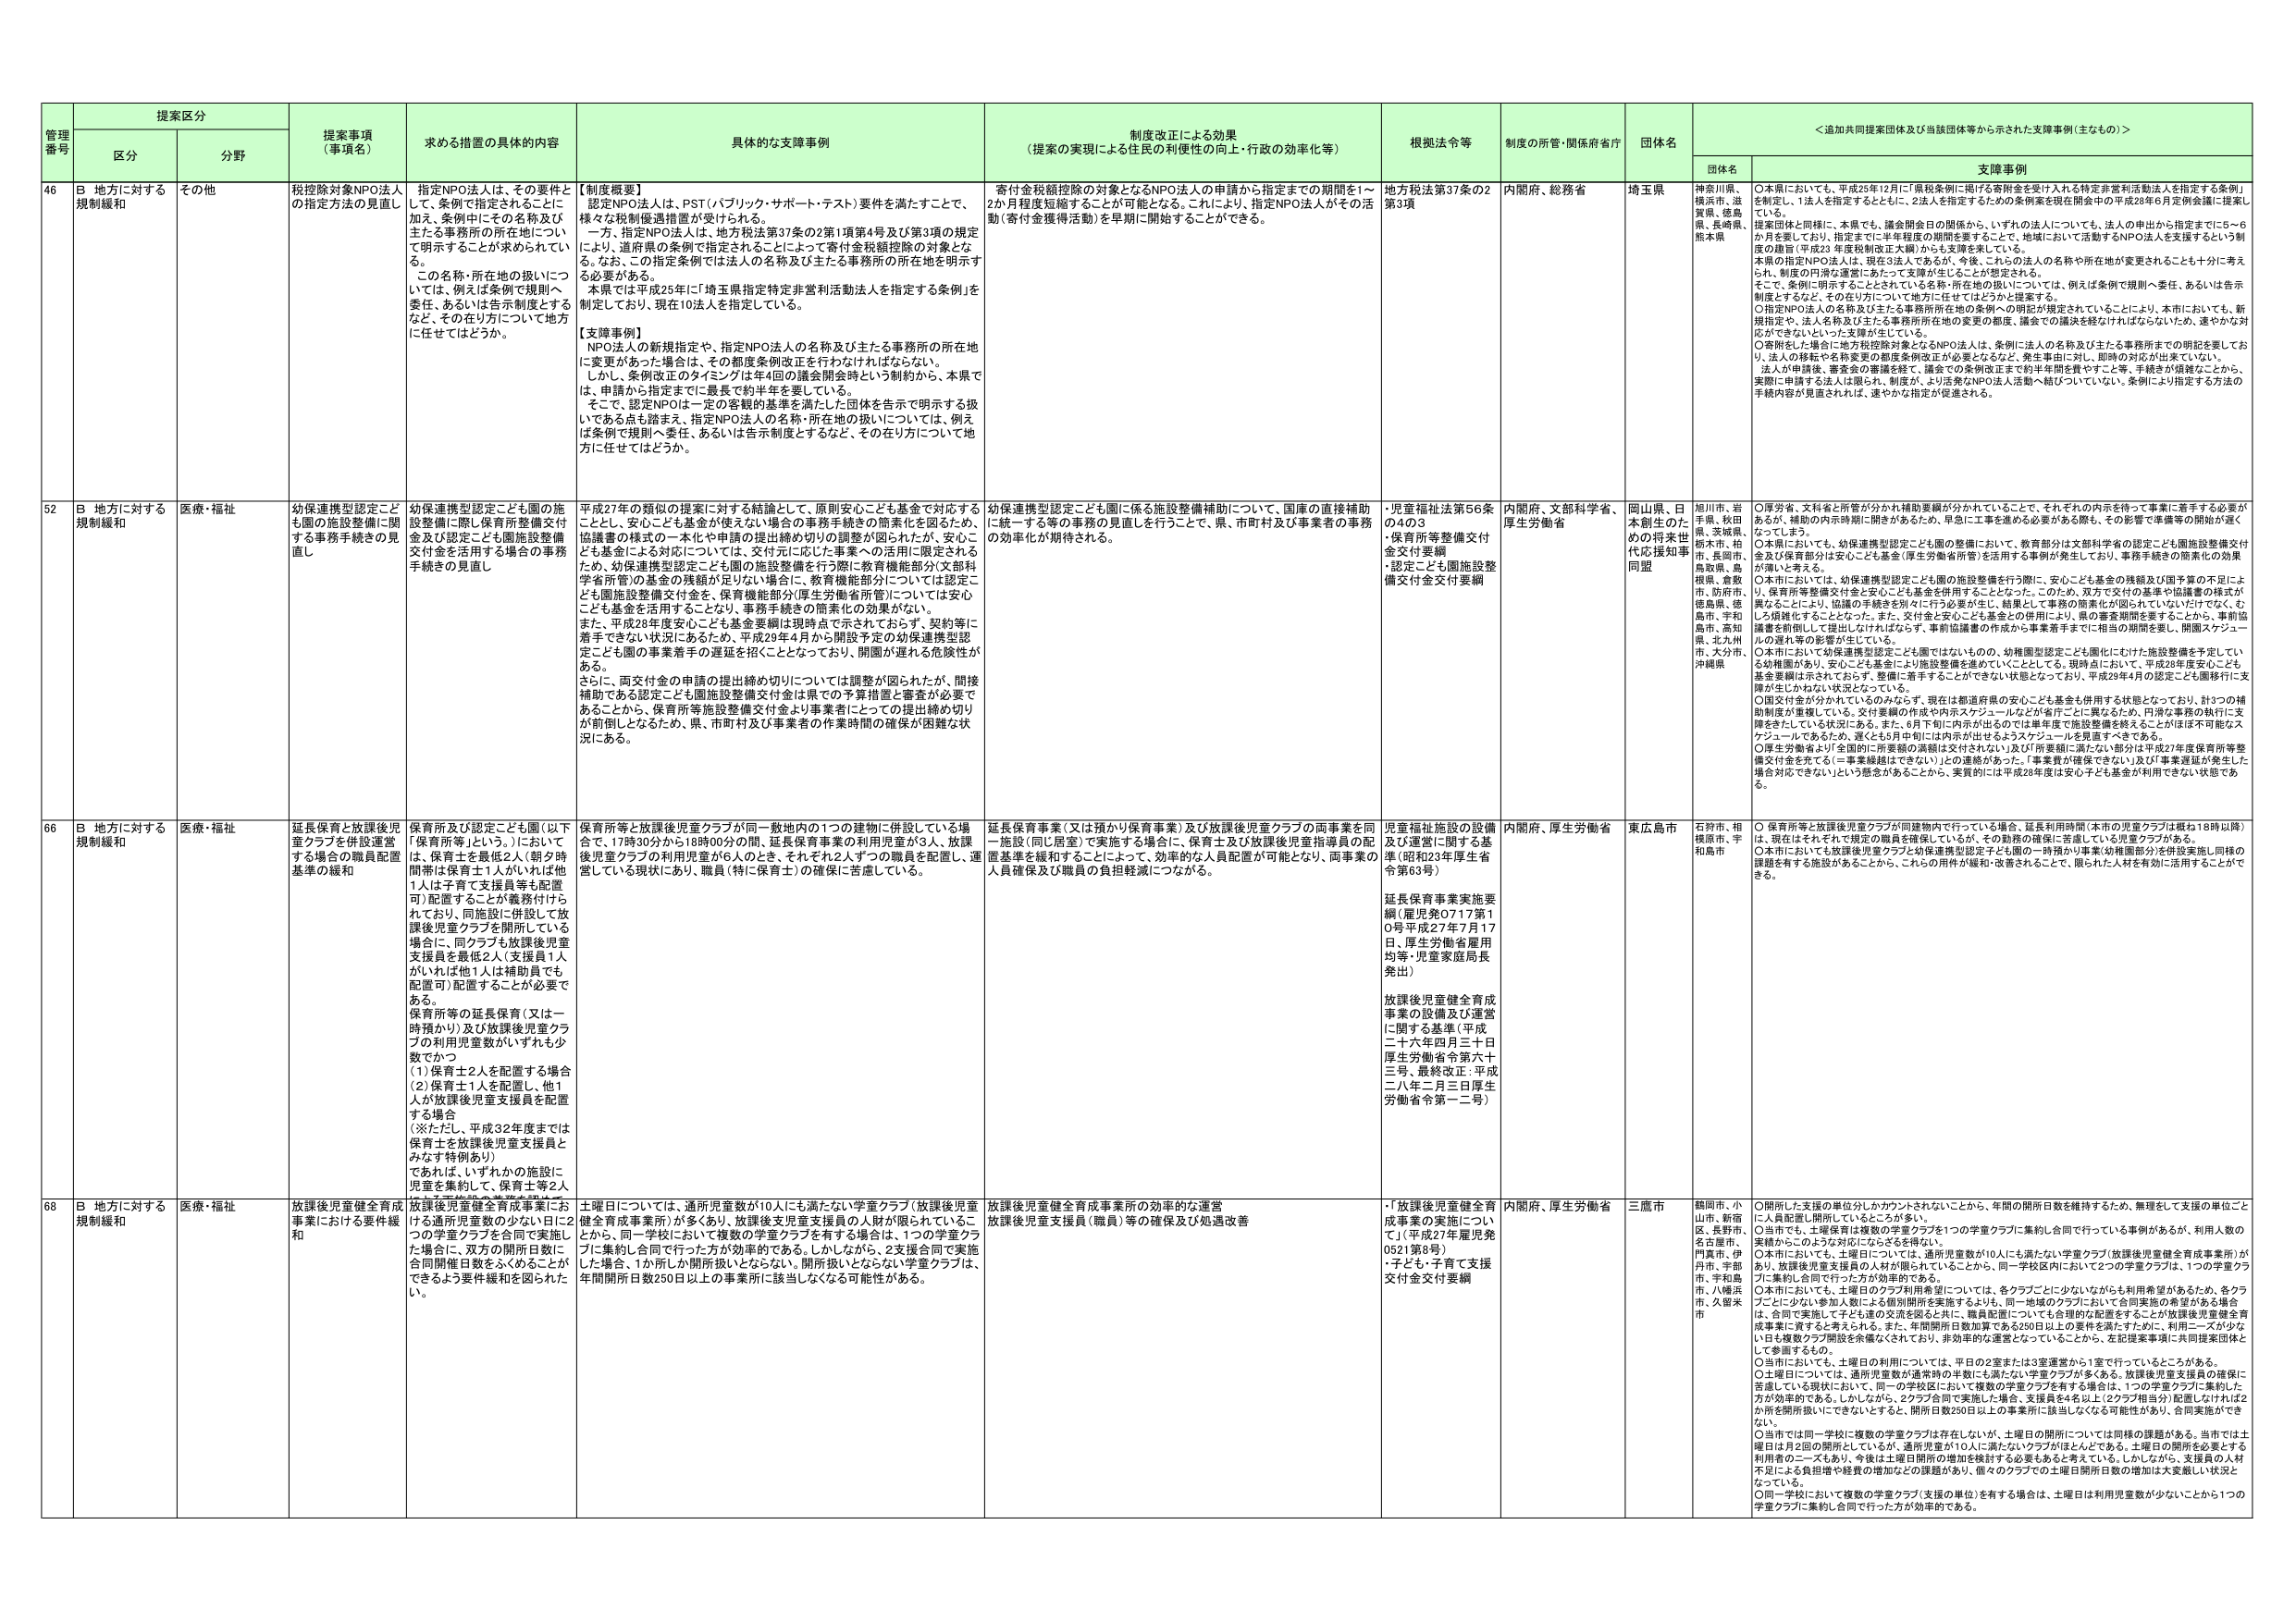
管理番号 提案区分 提案事項（事項名） 求める措置の具体的内容 具体的な支援事例 制度改正による効果（提案の実現による住民の利便性の向上・行政の効率化等） 根拠法令等 制度の所管・関係府省庁 団体名 ＜追加共同提案団体及び当該団体等から示された支援事例（主なもの）＞
区分 分野 団体名 支援事例
46 B 地方に対する規制緩和 その他 税控除対象NPO法人の指定方法の見直し 指定NPO法人は、その要件として、条例に指定されることに加え、条例中にその名称及び主たる事務所の所在地について明示することが求められている。この名称・所在地の掲示については、例えば条例で規則へ委任、あるいは告示制度とするなど、その在り方について地方に任せてはどうか。 【制度概要】 認定NPO法人は、PST（パブリック・サポート・テスト）要件を満たすことで、様々な税制優遇措置が受けられる。一方、指定NPO法人は、地方税法第37条の2第1項第4号及び第3項の規定により、道府県の条例で指定されることによって寄付金税額控除の対象となる。なお、この指定条例では法人の名称及び主たる事務所の所在地を明示する必要がある。 本県では平成25年に「埼玉県指定特定非営利活動法人を指定する条例」を制定しており、現在10法人を指定している。 【支援事例】 NPO法人の新規指定や、指定NPO法人の名称及び主たる事務所の所在地に変更があった場合は、その都度条例改正を行わなければならない。しかし、条例改正のタイミングは年4回の議会開会時という制約から、本県では、申請から指定までに最長で約半年を要している。 そこで、認定NPOは一定の客観的基準を満たした団体を告示で明示する扱いである点も踏まえ、指定NPO法人の名称・所在地の扱いについては、例えば条例で規則へ委任、あるいは告示制度とするなど、その在り方について地方に任せてはどうか。 寄付金税額控除の対象となるNPO法人の申請から指定までの期間を1～2か月程度短縮することが可能となる。これにより、指定NPO法人がその活動（寄付金獲得活動）を早期に開始することができる。 地方税法第37条の2第3項 内閣府、総務省 埼玉県 神奈川県、横浜市、滋賀県、徳島県、長崎県、熊本県 ○本県においても、平成25年12月に「県税条例に掲げる寄附金を受け入れる特定非営利活動法人を指定する条例」を制定し、1法人を指定するとともに、2法人を指定するための条例案を現在開会中の平成28年6月定例会議に提案している。 提案団体と同様に、本県でも、議会開会日の関係から、いずれの法人についても、法人の申出から指定までに5～6か月を要しており、指定までに半年程度の期間を要することで、地域において活動するNPO法人を支援するという制度の趣旨（平成23年度税制改正大綱）からも支障を来している。 本県の指定NPO法人は、現在3法人であるが、今後、これらの法人の名称や所在地が変更されるとともに考えられ、制度の円滑な運営にあたって支障が生じることが想定される。 そこで、条例に明示することとされている名称・所在地の扱いについては、例えば条例で規則へ委任、あるいは告示制度とするなど、その在り方について地方に任せてはどうかと提案する。 ○指定NPO法人の名称及び主たる事務所所在地の条例への明記が規定されていることにより、本市においても、新規指定や、法人名称及び主たる事務所所在地の変更の都度、議会での議決を経なければならないため、速やかな対応ができないといった支障が生じている。 ○寄附をした場合に地方税控除対象となるNPO法人は、条例に法人の名称及び主たる事務所までの明記を要しており、法人の移転や名称変更の都度条例改正が必要となるなど、発生事由に対し、即時の対応が出来ていない。 法人が申請後、審査後の審議を経て、議会での条例改正まで約半年間を費やすこと等、手続きが煩雑なことから、実際に申請する法人は限られ、制度が、より活発なNPO法人活動へ結びついていない。条例により指定する方法の手続内容が見直されれば、速やかな指定が促進される。
52 B 地方に対する規制緩和 医療・福祉 幼保連携型認定こども園の施設整備に関 する事務手続きの見直し 幼保連携型認定こども園の施設整備に際し保育所整備交付金及び認定こども園施設整備交付金を活用する場合の事務手続きの見直し 平成27年の類似の提案に対する結論として、原則安心こども基金で対応するとし、安心こども基金が使えない場合の事務手続きの簡素化を図るため、協議書の様式の一本化や申請の提出締め切りの調整が図られたが、安心こども基金による対応については、交付元に応じた事業への活用に限定されるため、幼保連携型認定こども園の施設整備を行う際に教育機能部分（文部科学省所管）の基金の残額が足りない場合に、保育機能部分については認定こども園施設整備交付金を、保育機能部分（厚生労働省所管）については安心こども基金を活用することとなり、事務手続きの簡素化の効果がない。 また、平成28年度安心こども基金要綱は現時点で示されておらず、契約等に着手できない状況にあるため、平成29年4月から開設予定の幼保連携型認定こども園の事業着手の遅延を招くこととなっており、開園が遅れる危険性がある。 さらに、両交付金の申請の提出締め切りについては調整が図られたが、間接補助である認定こども園施設整備交付金は県での予算措置と審査が必要であることから、保育所等施設整備交付金より事業者にとっての提出締め切りが前倒しとなるため、県、市町村及び事業者の作業時間の確保が困難な状況にある。 幼保連携型認定こども園に係る施設整備補助について、国庫の直接補助に統一する等の事務の見直しを行うことで、県、市町村及び事業者の事務の効率化が期待される。 ・児童福祉法第56条の4の3 ・保育所等整備交付金交付要綱 ・認定こども園施設整備交付金交付要綱 内閣府、文部科学省、厚生労働省 岡山県、日本創生のための将来世代応援知事同盟 福川市、岩手県、秋田県、茨城県、栃木県、柏市、長岡市、鳥取県、島根県、倉敷市、防府市、徳島県、徳島市、宇和島市、高知県、北九州市、大分市、沖縄県 ○厚労省、文科省と所管が分かれ補助要綱が分かれていることで、それぞれの内示を得て事業に着手する必要があるが、補助の内示時期に開きがあるため、早急に工事を進める必要がある際も、その影響で準備等の開始が遅くなってしまう。 ○本県においても、幼保連携型認定こども園の整備において、教育部分は文部科学省の認定こども園施設整備交付金及び保育部分は安心こども基金（厚生労働省所管）を活用する事例が発生しており、事務手続きの簡素化の効果が薄いと考える。 ○本市においては、幼保連携型認定こども園の施設整備を行う際に、安心こども基金の残額及び国予算の不足により、保育所等整備交付金と安心こども基金を併用することとなった。このため、双方で交付の基準や協議書の様式が異なることにより、協議の手続きを別々に行う必要が生じ、結果として事務の簡素化が図られていないだけでなく、むしろ煩雑化することとなった。また、交付金と安心こども基金との併用により、県の審査期間を要することから、事前協議書を前倒しして提出しなければならず、事前協議書の作成から事業着手までに相当の期間を要し、開園スケジュールの遅れ等の影響が生じている。 ○本市において幼保連携型認定こども園ではないものの、幼稚園型認定こども園化に向けた施設整備を予定している幼稚園があり、安心こども基金により施設整備を進めていくこととしている。現時点において、平成28年度安心こども基金要綱は示されておらず、整備に着手することができない状態となっており、平成29年4月の認定こども園移行に支障が生じかねない状況となっている。 ○国交付金が分かれているのみならず、現在は都道府県の安心こども基金も併用する状態となっており、計3つの補助制度が重複している。交付要綱の作成や内示スケジュールなどが省庁ごとに異なるため、円滑な事務の執行に支障をきたしている状況にある。また、6月下旬に内示が出るのは単年度で施設整備を終えることはほぼ不可能なスケジュールであるため、遅くとも5月中旬には内示が出るようスケジュールを見直すべきである。 ○厚生労働省より「全国的に所要額の満額は交付されない」及び「所要額に満たない部分は平成27年度保育所等整備交付金を充てる（＝事業繰越はできない）」との連絡があった。「事業費が確保できない」及び「事業遅延が発生した場合対応できない」という懸念があることから、実質的には平成28年度は安心こども基金が利用できない状態である。
66 B 地方に対する規制緩和 医療・福祉 延長保育と放課後児童クラブを併設運営する場合の職員配置基準の緩和 保育所及び認定こども園（以下「保育所等」という。）においては、保育士を最低2人（朝夕時間帯は保育士1人か、いれば他1人は子育て支援員等も配置可）配置することが義務付けられており、同施設に併設して放課後児童クラブを開所している場合に、同クラブも放課後児童支援員を最低2人（支援員1人か、いれば他1人は補助員でも配置可）配置することが必要である。 保育所等の延長保育（又は一時預かり）及び放課後児童クラブの利用児童数がいずれも少数でかつ （1）保育士2人を配置する場合（2）保育士1人を配置し、他1人が放課後児童支援員を配置する場合 （※ただし、平成32年度までは保育士を放課後児童支援員とみなす特例あり） であれば、いずれかの施設に児童を集約して、保育士等2人 保育所等と放課後児童クラブが同一敷地内の1つの建物に併設している場合で、17時30分から18時00分の間、延長保育事業の利用児童が3人、放課後児童クラブの利用児童が6人のとき、それぞれ2人ずつの職員を配置し、運営している現状にあり、職員（特に保育士）の確保に苦慮している。 延長保育事業（又は預かり保育事業）及び放課後児童クラブの両事業を同一施設（同じ居室）で実施する場合に、保育士及び放課後児童指導員の配置基準を緩和することによって、効率的な人員配置が可能となり、両事業の人員確保及び職員の負担軽減につながる。 児童福祉施設の設備及び運営に関する基準（昭和23年厚生省令第63号） 延長保育事業実施要綱（雇児発0717第10号 平成27年7月17日、厚生労働省雇用均等・児童家庭局長発出） 放課後児童健全育成事業の設備及び運営に関する基準（平成二十六年四月三日厚生労働省令第六十三号、最終改正：平成二八年二月三日厚生労働省令第一二号） 内閣府、厚生労働省 東広島市 石狩市、相模原市、宇和島市 ○保育所等と放課後児童クラブが同建物内で行っている場合、延長利用時間（本市の児童クラブは概ね18時以降）は、現在はそれぞれで規定の職員を確保しているが、その勤務の確保に苦慮している児童クラブがある。 ○本市においても放課後児童クラブと幼稚園機能別認定子どもの園の一時預かり事業（幼稚園部分）を併設実施し、同様の課題を有する施設があることから、これらの用件が緩和・改善されることで、限られた人材を有効に活用することができる。
68 B 地方に対する規制緩和 医療・福祉 放課後児童健全育成事業における要件緩和 放課後児童健全育成事業における通所児童数の少ない日（2つの学童クラブを合同で実施した場合に、双方の開所日数に合同開催日数をふくめることが できるよう要件緩和を図られた い。 土曜日については、通所児童数が10人に満たない学童クラブ（放課後児童健全育成事業所）が多くあり、放課後児童支援員の人財が限られていることから、同一学校において複数の学童クラブを有する場合は、1つの学童クラブに集約し合同で行った方が効率的である。しかしながら、2支援合同で実施した場合、1か所しか開所扱いとならない。開所扱いとならない学童クラブは、年間開所日数250日以上の事業所に該当しなくなる可能性がある。 放課後児童健全育成事業所の効率的な運営 放課後児童支援員（職員）等の確保及び処遇改善 ・「放課後児童健全育成事業の実施について」（平成27年雇児発0521第9号） ・子ども・子育て支援交付金交付要綱 内閣府、厚生労働省 三鷹市 鶴岡市、小山市、新宿区、長野市、名古屋市、門真市、伊丹市、宇部市、宇和島市、八幡浜市、久留米市 ○開所した支援の単位分しかカウントされないことから、年間の開所日数を維持するため、無理をして支援の単位ごとに人員配置し開所しているところが多い。 ○当市でも、土曜保育は複数の学童クラブを1つの学童クラブに集約し合同で行っている事例があるが、利用人数の実情からこのような対応にさらなるを得ない。 ○本市においても、土曜日については、通所児童数が10人に満たない学童クラブ（放課後児童健全育成事業所）があり、放課後児童支援員の人財が限られていることから、同一学校区内において2つの学童クラブは、1つの学童クラブに集約し合同で行った方が効率的である。 ○本市においても、土曜日のクラブ利用希望については、各クラブごとに少ないながらも利用希望があるため、各クラブごとに少ない参加人数による個別開所を実施するよりも、同一地域のクラブにおいて合同実施の希望がある場合は、合同で実施して子ども達の交流を図るため、職員配置についても合理的な配置をすることが放課後児童健全育成事業に資すると考えられる。また年間開所日数加重で8.250日以上の要件を満たすために、利用ベースが少ないとする複数クラブ開設を余儀なくされており、非効率的な運営となっていることから、左記提案事項に共同提案団体として参画するもの。 ○当市においても、土曜日の利用については、平日の2室または3室運営から1室で行っているところがある。 ○土曜日については、通所児童数が通常時の半数にも満たない学童クラブが多くある。放課後児童支援員の確保に苦慮している現状において、同一の学校区において複数の学童クラブを有する場合は、1つの学童クラブに集約した方が効率的である。しかしながら、2クラブ合同で実施した場合、支援員を4名以上（2クラブ相当分）配置しなければ2か所を開所扱いにできないとするこ と、開所日数250日以上の事業所に該当しなくなる可能性があり、合同実施ができ ない。 ○当市では同一学校に複数の学童クラブが存在しないが、土曜日の開所については同様の課題がある。当市では土曜日は月2回の開所としているが、通所児童が10人に満たないクラブがほとんどである。土曜日の開所を必要とする利用者のニーズもあり、今後は土曜日開所の増加を検討する必要もあると考えている。しかしながら、支援員の人財不足による負担増や経費の増加などの課題があり、個々のクラブでの土曜日開所日数の増加は大変厳しい状況となっている。 ○同一学校において複数の学童クラブ（支援の単位）を有する場合は、土曜日は利用児童数が少ないことから1つの学童クラブに集約し合同で行った方が効率的である。